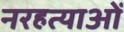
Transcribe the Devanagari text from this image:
नरहत्याओं